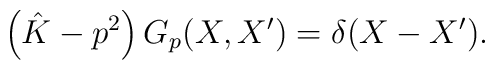
\left(\hat K -p^2\right) G_{p}(X,X') = \delta (X-X').